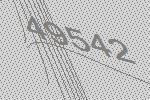
49542